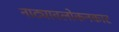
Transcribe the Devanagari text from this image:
नाट्यावलोकनकार